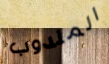
المندوب